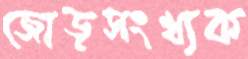
জোড়সংখ্যক